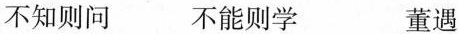
不知则问 不能则学 董遇